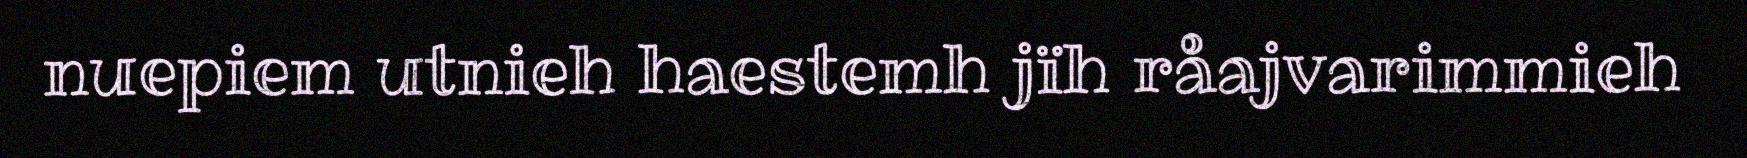
nuepiem utnieh haestemh jïh råajvarimmieh